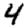
Digit: 4